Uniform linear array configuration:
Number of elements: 48
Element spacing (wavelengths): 0.5
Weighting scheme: uniform
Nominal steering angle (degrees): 0
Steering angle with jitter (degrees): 0.2401
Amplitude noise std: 0.05
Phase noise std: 0.05

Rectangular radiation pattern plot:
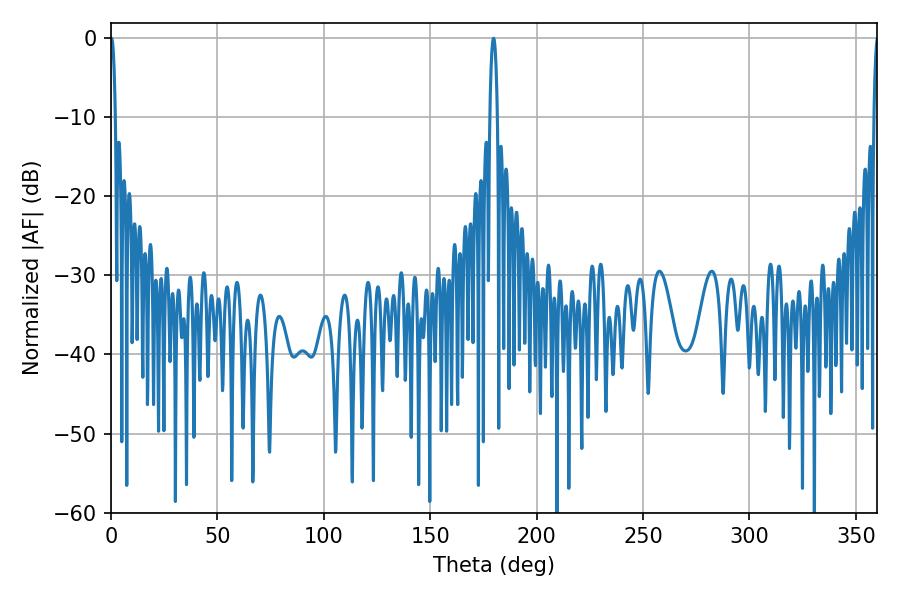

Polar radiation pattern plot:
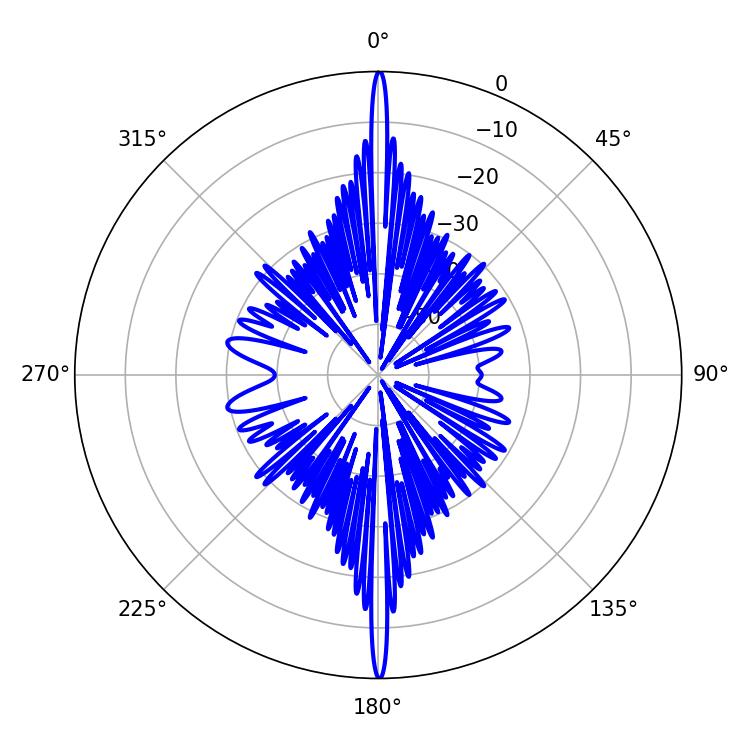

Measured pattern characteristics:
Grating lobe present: FALSE
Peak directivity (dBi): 44.634
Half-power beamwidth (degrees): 1.26
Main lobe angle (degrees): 0.18